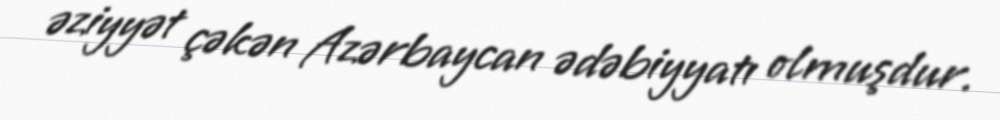
əziyyət çəkən Azərbaycan ədəbiyyatı olmuşdur.